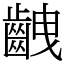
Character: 齥